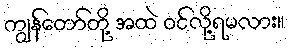
ကျွန်တော်တို့ အထဲ ဝင်လို့ရမလား။